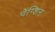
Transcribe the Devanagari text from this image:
चेंग्शिन